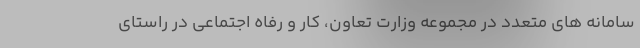
سامانه های متعدد در مجموعه وزارت تعاون، کار و رفاه اجتماعی در راستای